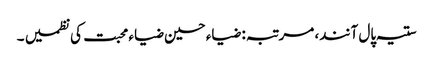
ستیہ پال آنند، مرتبہ: ضیاء حسین ضیاء محبت کی نظمیں ۔